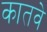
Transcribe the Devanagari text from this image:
कातवे